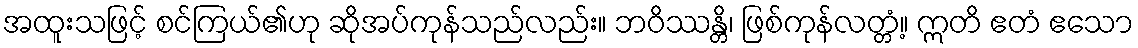
အထူးသဖြင့် စင်ကြယ်၏ဟု ဆိုအပ်ကုန်သည်လည်း။ ဘဝိဿန္တိ၊ ဖြစ်ကုန်လတ္တံ့။ ဣတိ ဧတံ ဧသော